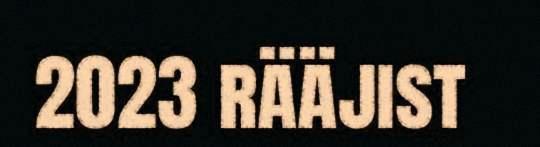
2023 rääjist